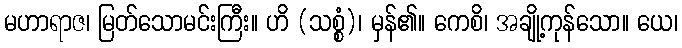
မဟာရာဇ၊ မြတ်သောမင်းကြီး။ ဟိ (သစ္စံ)၊ မှန်၏။ ကေစိ၊ အချို့ကုန်သော။ ယေ၊